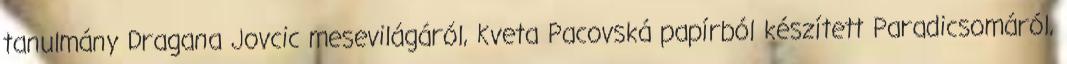
tanulmány Dragana Jovcic mesevilágáról, Kveta Pacovská papírból készített Paradicsomáról,